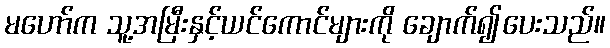
မဟော်က သူ့အမြီးနှင့်ယင်ကောင်များကို ချောက်၍ပေးသည်။